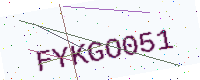
Text: FYKGO051